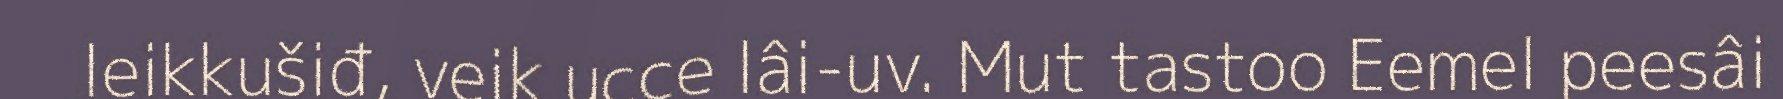
leikkušiđ, veik ucce lâi-uv. Mut tastoo Eemel peesâi